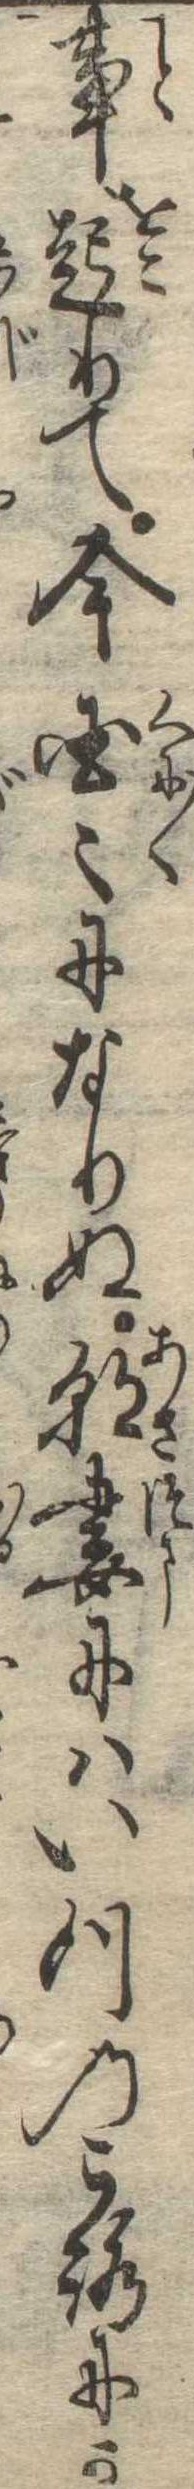
事起りて今国〻になりぬ朝妻にはいつのころにか